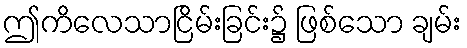
ဤကိလေသာငြိမ်းခြင်း၌ ဖြစ်သော ချမ်း